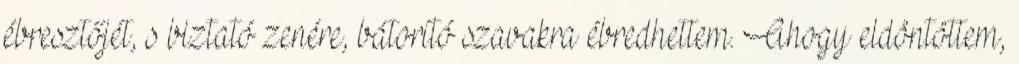
ébresztőjét, s biztató zenére, bátorító szavakra ébredhettem. Ahogy eldöntöttem,